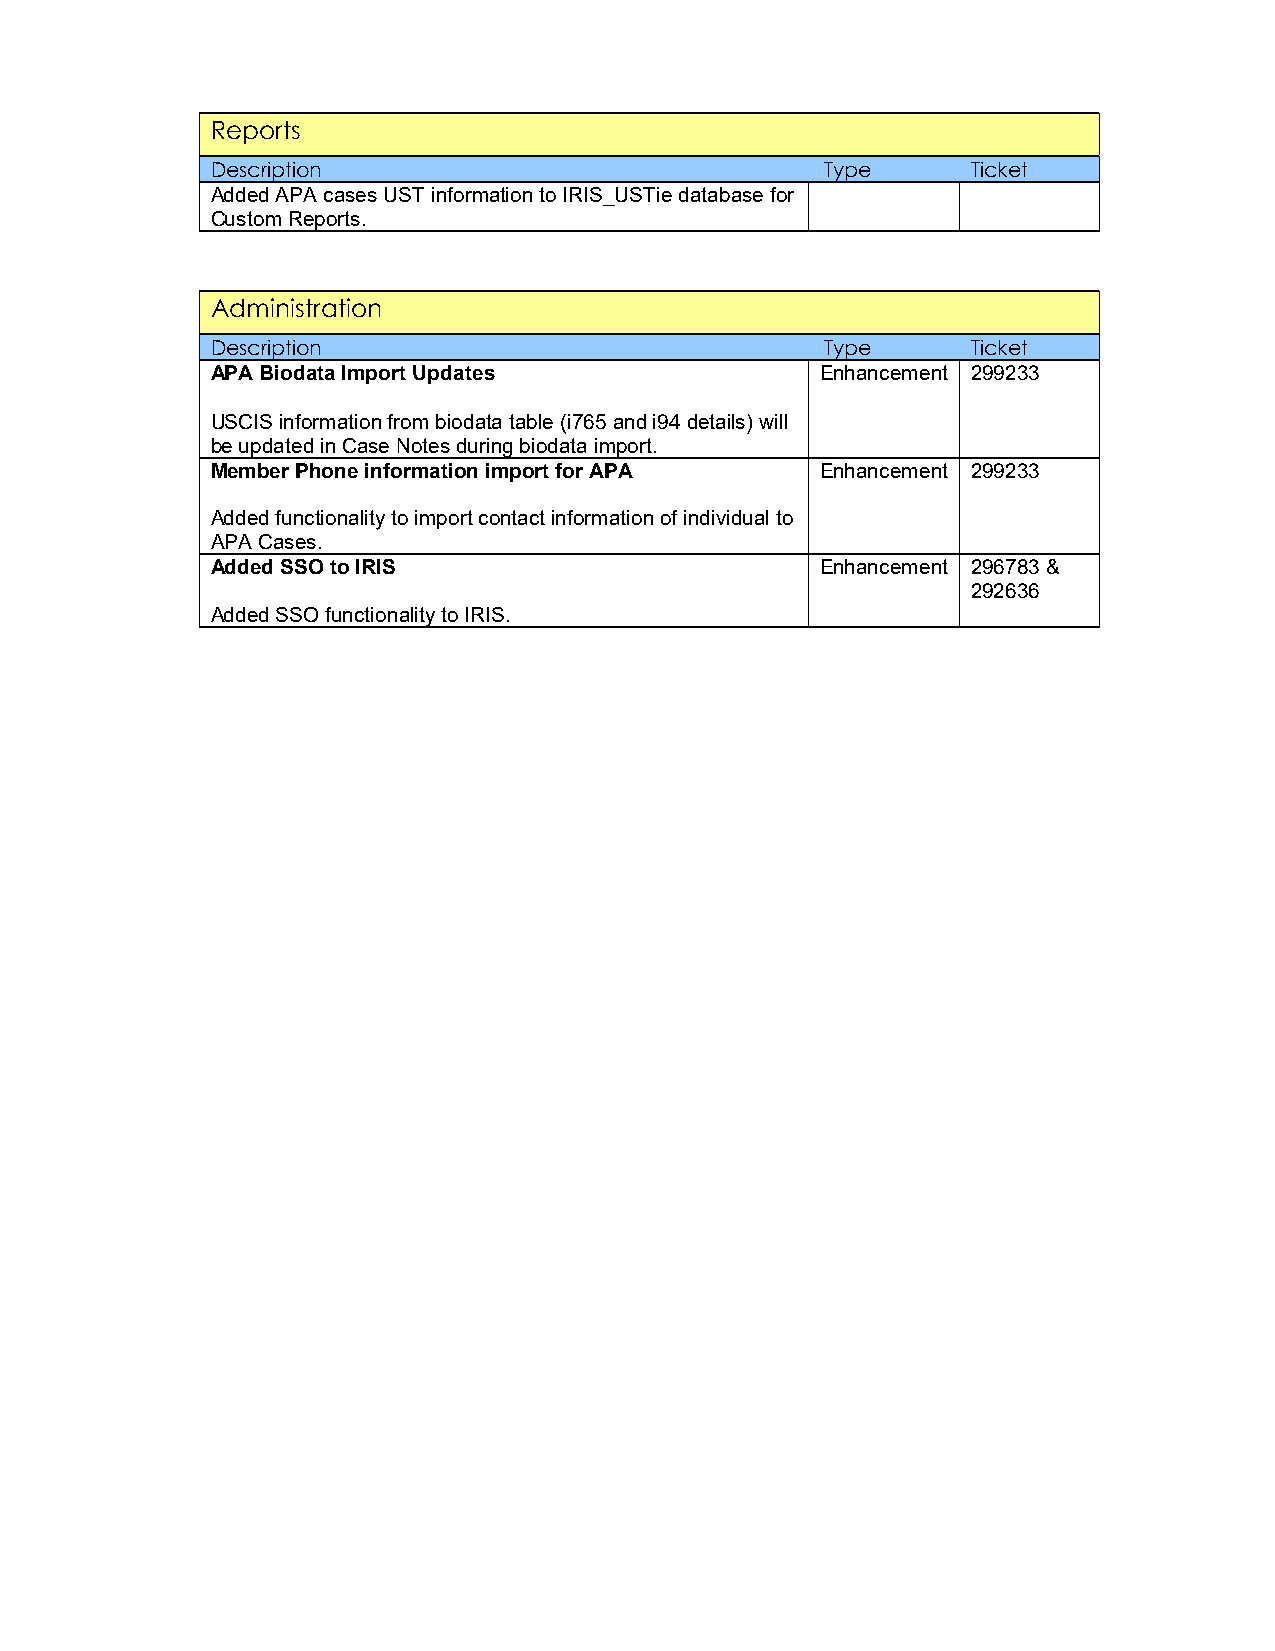
Reports
 Description                              Type     Ticket
 Added APA cases UST information to IRIS_USTie database for
 Custom Reports.
 Administration
 Description                              Type     Ticket
 APA Biodata Import Updates              Enhancement 299233
 USCIS information from biodata table (i765 and i94 details) will
 be updated in Case Notes during biodata import.
 Member Phone information import for APA Enhancement 299233
 Added functionality to import contact information of individual to
 APA Cases.
 Added SSO to IRIS                       Enhancement 296783 &
 292636
 Added SSO functionality to IRIS.